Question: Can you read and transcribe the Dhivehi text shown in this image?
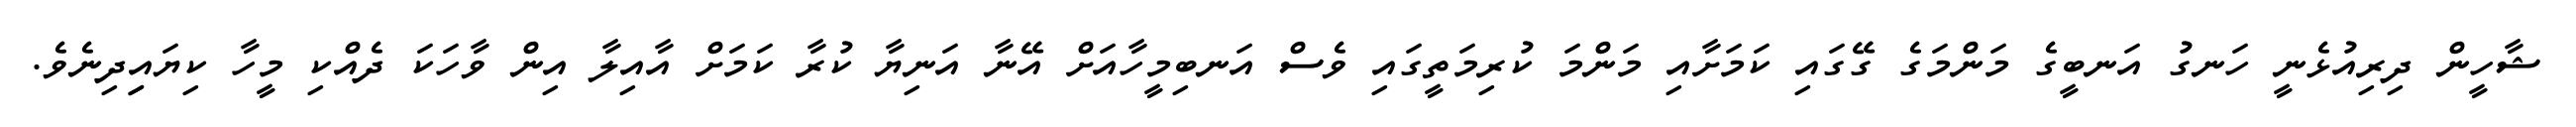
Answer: ޝާހީން ދިރިއުޅެނީ ހަނގު އަނބީގެ މަންމަގެ ގޭގައި ކަމަށާއި މަންމަ ކުރިމަތީގައި ވެސް އަނބިމީހާއަށް އޭނާ އަނިޔާ ކުރާ ކަމަށް އާއިލާ އިން ވާހަކަ ދެއްކި މީހާ ކިޔައިިދިނެވެ.